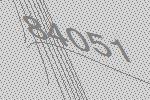
84051